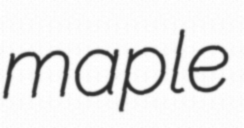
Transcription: maple